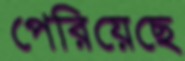
পেরিয়েছে